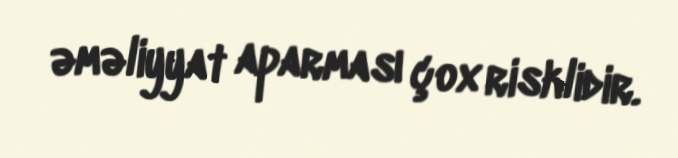
əməliyyat aparması çox risklidir.